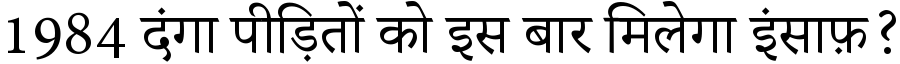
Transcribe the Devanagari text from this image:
1984 दंगा पीड़ितों को इस बार मिलेगा इंसाफ़?